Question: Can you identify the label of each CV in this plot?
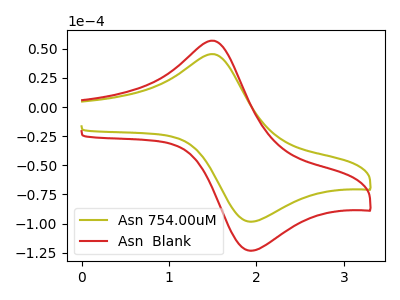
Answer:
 <answer>The olive curve is labeled "Asn 754.00uM". The red curve is labeled "Asn  Blank".</answer>
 <eval></eval>